Vital statistics of India. Vol. IV, Annual returns from 1871 to 1876. British Army of India, Native Army and jails of Bengal
Year: 1871
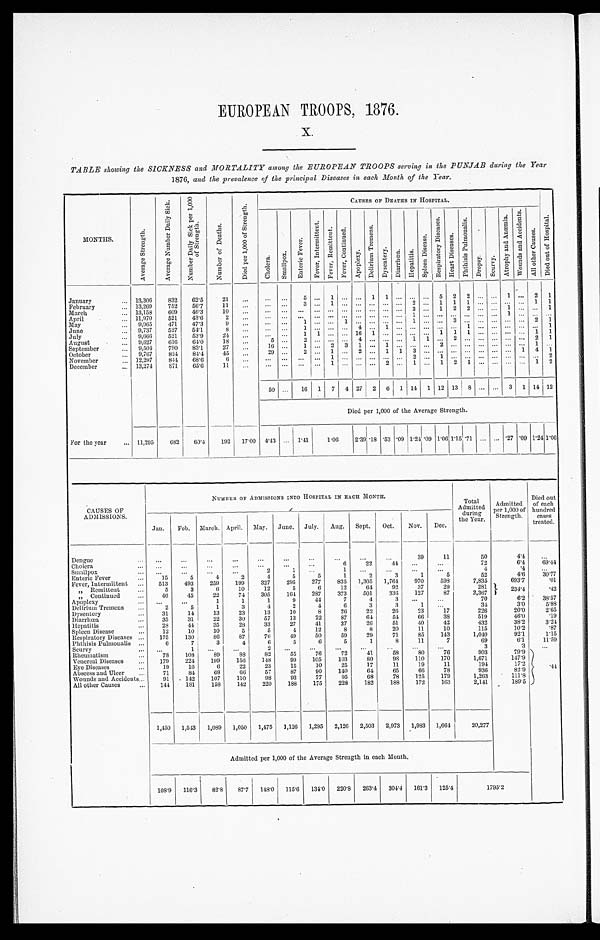
EUROPEAN TROOPS, 1876.
x.
TABLE showing the SICKNESS and MORTALITY among the EUROPEAN TROOPS serving in the PUNJAB during the Year
1876, and the prevalence of the principal Diseases in each Month of the Year.
MONTHS.
A v e r a g e S t r e n g t h .
A v e r a g e N u m b e r D a i l y
S i c k .
N u m b e r D a i l y S i c k p e r 1 , 0 0 0 o f S t r e n g t h .
N u m b e r o f D e a t h s .
D i e d p e r 1 , 0 0 0 o f
S t r e n g t h .
CAUSES OF DEATHS IN HOSPITAL.
D i e d o u t o f H o s p i t a l .
C h o l e r a .
S m a l l p o x .
E n t e r i c F e v e r .
F e v e r , I n t e r m i t t e n t .
F e v e r e s , R e m i t t e n t . F e v e r , C o n t i n u e d .
A p o p l e x y .
D e l i r i u m T r e m e n s .
D y s e n t e r y . D i a r r h œ a . H e p a t i t i s .
S p l e e n D i s e a s e .
R e s p i r a t o r y D i s e a s e s .
H e a r t D i s e a s e s .
P h t h s i s P u l m o n a l i s .
D r o p s y .
S c u r v y .
At r o p h y a n d
Anæmi a.
W o u n d s a n d A c c i d e n t .
A l l o t h e r C a u s e s .
January
... 13,306
832
62.5
21
...
. . . . . . 5
. . . 1 . . . . . .
1 1
. . . . . .
. . . 5 2 2 . . . . . . 1 . . .
2
1
February
... 13,269
752
56.7
11
...
. . . . . . 3
. . . 1 . . . . . .
. . . . . . . . . 2
. . . 1 1 1 . . . . . . . . . . . .
1
1
March
... 13,158
609
46.3
10
. . . . . .
. . . ...
. . . . . . . . .
. . .
. . . . . . . . . 3
. . . 1 2 2 . . . . . . 1 . . .
. . . 1
April
... 11,970
521
43.6
2
. . .
. . . . . . ..
. . . . . . . . . . . . . . . . . . . . .
1
. . . . . . . . . . . . . . . . . . 1 . . . . . . . . .
May
... 9,965
471
47.3
9
. . . . . .
. . .
1
. . . . . . 1
. . .
. . . . . . . . . 1
. . . . . . 3 . . . . . . . . . . . . . . .
2
1
June
. . . 9,737
527
54.1
8
. . .
. . . . . . 1
. . . . . . . . . 4
. . . 1
. . . . . .
. . . . . . . . . 1 . . . . . . . . . . . .
. . .
1
July
... 9,666
521
53.9
24
. . . .
. . . . . . 1 1
. . . . . . 16 1 ... ... ... ... 1 1 1 ...
. . . . . . . . . 1 1
August
. . . 9,627
616
64.0
18
...
5
. . .
2
. . . . . . . . . 4
. . . . . . . . . 1
1
. . . 2 . . . . . . . . . . . . . . .
2
1
September
... 9,504
790
83.1
27
. . .
1 6 . . .
1
. . . 2 3
1
. . . 1
. . . . . .
. . . 2 . . . . . . . . . . . . . . . . . .
1
. . .
October
... 9,767
824
84.4
45
...
29
. . . 2
. . . 1
. . . 2
. . . 1 1 3
. . . . . . . . . . . . . . . . . . . . . 1 4 1
November
. . . 12,297
841
68.6
6
. . .
. . . . . .
. . .
. . . 1 ... ... ... ... ...
2
. . . 1 . . . . . . . . . . . . . . . . . .
. . .
2
December
... 13,274
871
65.6
1 1
. . . ...
. . .
. . .
. . . 1 . . . . . .
. . . 2
. . . 1
. . . 1 2 1 . . . . . . . . . . . .
1 2
50
. . . 16 1 7 4 27 2 6 1 14 1 12 13 8 ... ... 3 1 14 12
Died per 1,000 of the Average Strength.
For the year
... 11,295
6 8 2
6 0 . 4 192 17.00 4.43 ... 1.41
1.06
2 . 3 9 18 .53 .09
1 . 2 4 . 0 9 1.06 1.15 .71 ... ... .27 .09 1.24 1.06
CAUSES OF
ADMISSIONS.
NUMBER. OF ADMISSION INTO HOSPITAL IN EACH MONTH.
Total
Admitted
durin g the Year.
Admitted
per 1,000 of
Strength.
Died out
of each
hundred
cases
treated.
Jan.
Feb. March. April. May. June. July. Aug. Sept. Oct.
Nov. Dec.
Dengue
. . .
...
...
...
...
. . .
...
...
...
...
...
39
11
50
4.4
. . .
Cholera
...
. . .
...
...
. . .
...
. . . ...
6
22
44 ...
...
72
6.4
69.44
Smallpox
. . .
. . .
. . . ...
. . .
2
1
. . .
1
...
...
...
...
4
.4
...
Enteric Fever
...
15
5
4
2
4
5
5
1
2
3
1
5
52
4.6
30.77
Fever, Intermittent ...
513
493
259
199
327
295
277
835 1,305 1,764
970
598
7,835
693.7
.01
, , R e m i t t e n t
...
5
3
6
10
12
5
6
12
64
92
37
29
281
234.4
.42
„ Continued
...
46
45
22
74
305
164
287
373
501
336
127
87
2,367
Apoplexy
... ...
...
1
1
1
9
44
7
4
3
. . . ...
70
6.2
38,57
Delirium Tremens
...
2
5
1
3
4
2
4
6
3
3
1
. . .
34
3.0
5.88
Dysentery
...
31
14
13
23
13
10
8
26
22
26
23
17
226
20.0
2.65
Diarrhœa
...
35
31
22
39
57
13
22
87
64
54
66
38
519
46.0
.19
Hepatitis
. . .
28
44
35
28
33
27
41
37
26
51
40
42
432
38.2
3.24
Spleen Disease
...
12
10
10
5
5
4
12
8
8
20
11
10
115
10.2
.87
Respiratory Diseases ...
175
130
86
87
76
49
50
59
29
71
85
143
1,040
92.1
1.15
Phthisis Pulmoualis ...
6
7
3
4
6
5
6
5
1
8
11
7
69
6.1
11.59
Scurvy
...
...
1
...
....
2
. . . ...
...
...
. . .
...
. . .
3
3
. . .
Rheumatism
. . .
78
108
89
88
82
55
76
72
41
58
80
76
903
79.9
. 4 4
Venereal Diseases
...
179
224
199
156
148
99
105
103
80
98
110
170
1,671
147.9
Eye Diseases
...
19
16
6
22
23
15
10
25
17
11
19
11
194
17.2 .
Abscess and Ulcer
...
71
81
68
76
57
87
90
140
64
65
66
78
936
82 .9
Wounds and Accidents...
91
142
107
110
98
93
77
95
68
78
125
179
1,263
111.8
All other Causes
...
141
181
158
1.12
220
188
175
228
182
188
172
173
2,141
1895
1,450 1,543 1,089 1,050 1,475 1,126 1,295 2,126 2,503 2,973 1,983 1,664
20,277
Admitted per 1,000 of the Average Strength in each Month.
108.9 116.3
82.8
87.7 148.0 115.6 131.0 220.8 263.4 301.1 161.3 125.4
1795.2